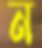
ন